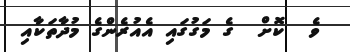
ވެ  ކޮށް  ގެ މަގުގައި އެއުރެންގެ މުދާތަކާއި